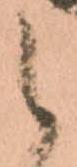
候